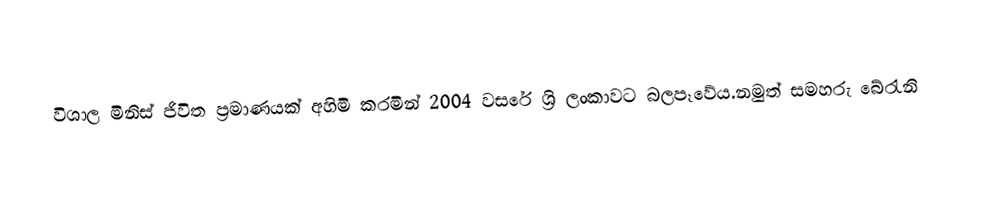
විශාල මිනිස් ජිවිත ප්‍රමාණයක් අහිමි කරමින් 2004 වසරේ ශ්‍රි ලංකාවට බලපෑවේය.නමුත් සමහරු බේරැනි